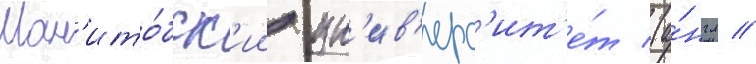
Ман'ито́бск'ии ун'ив'ерс'ит'е́т (а́нгл //